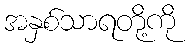
အနှစ်သာရတို့ကို